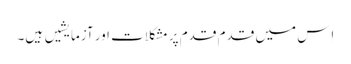
اِس میں قدم قدم پر مشکلات اور آزمایشیں ہیں۔